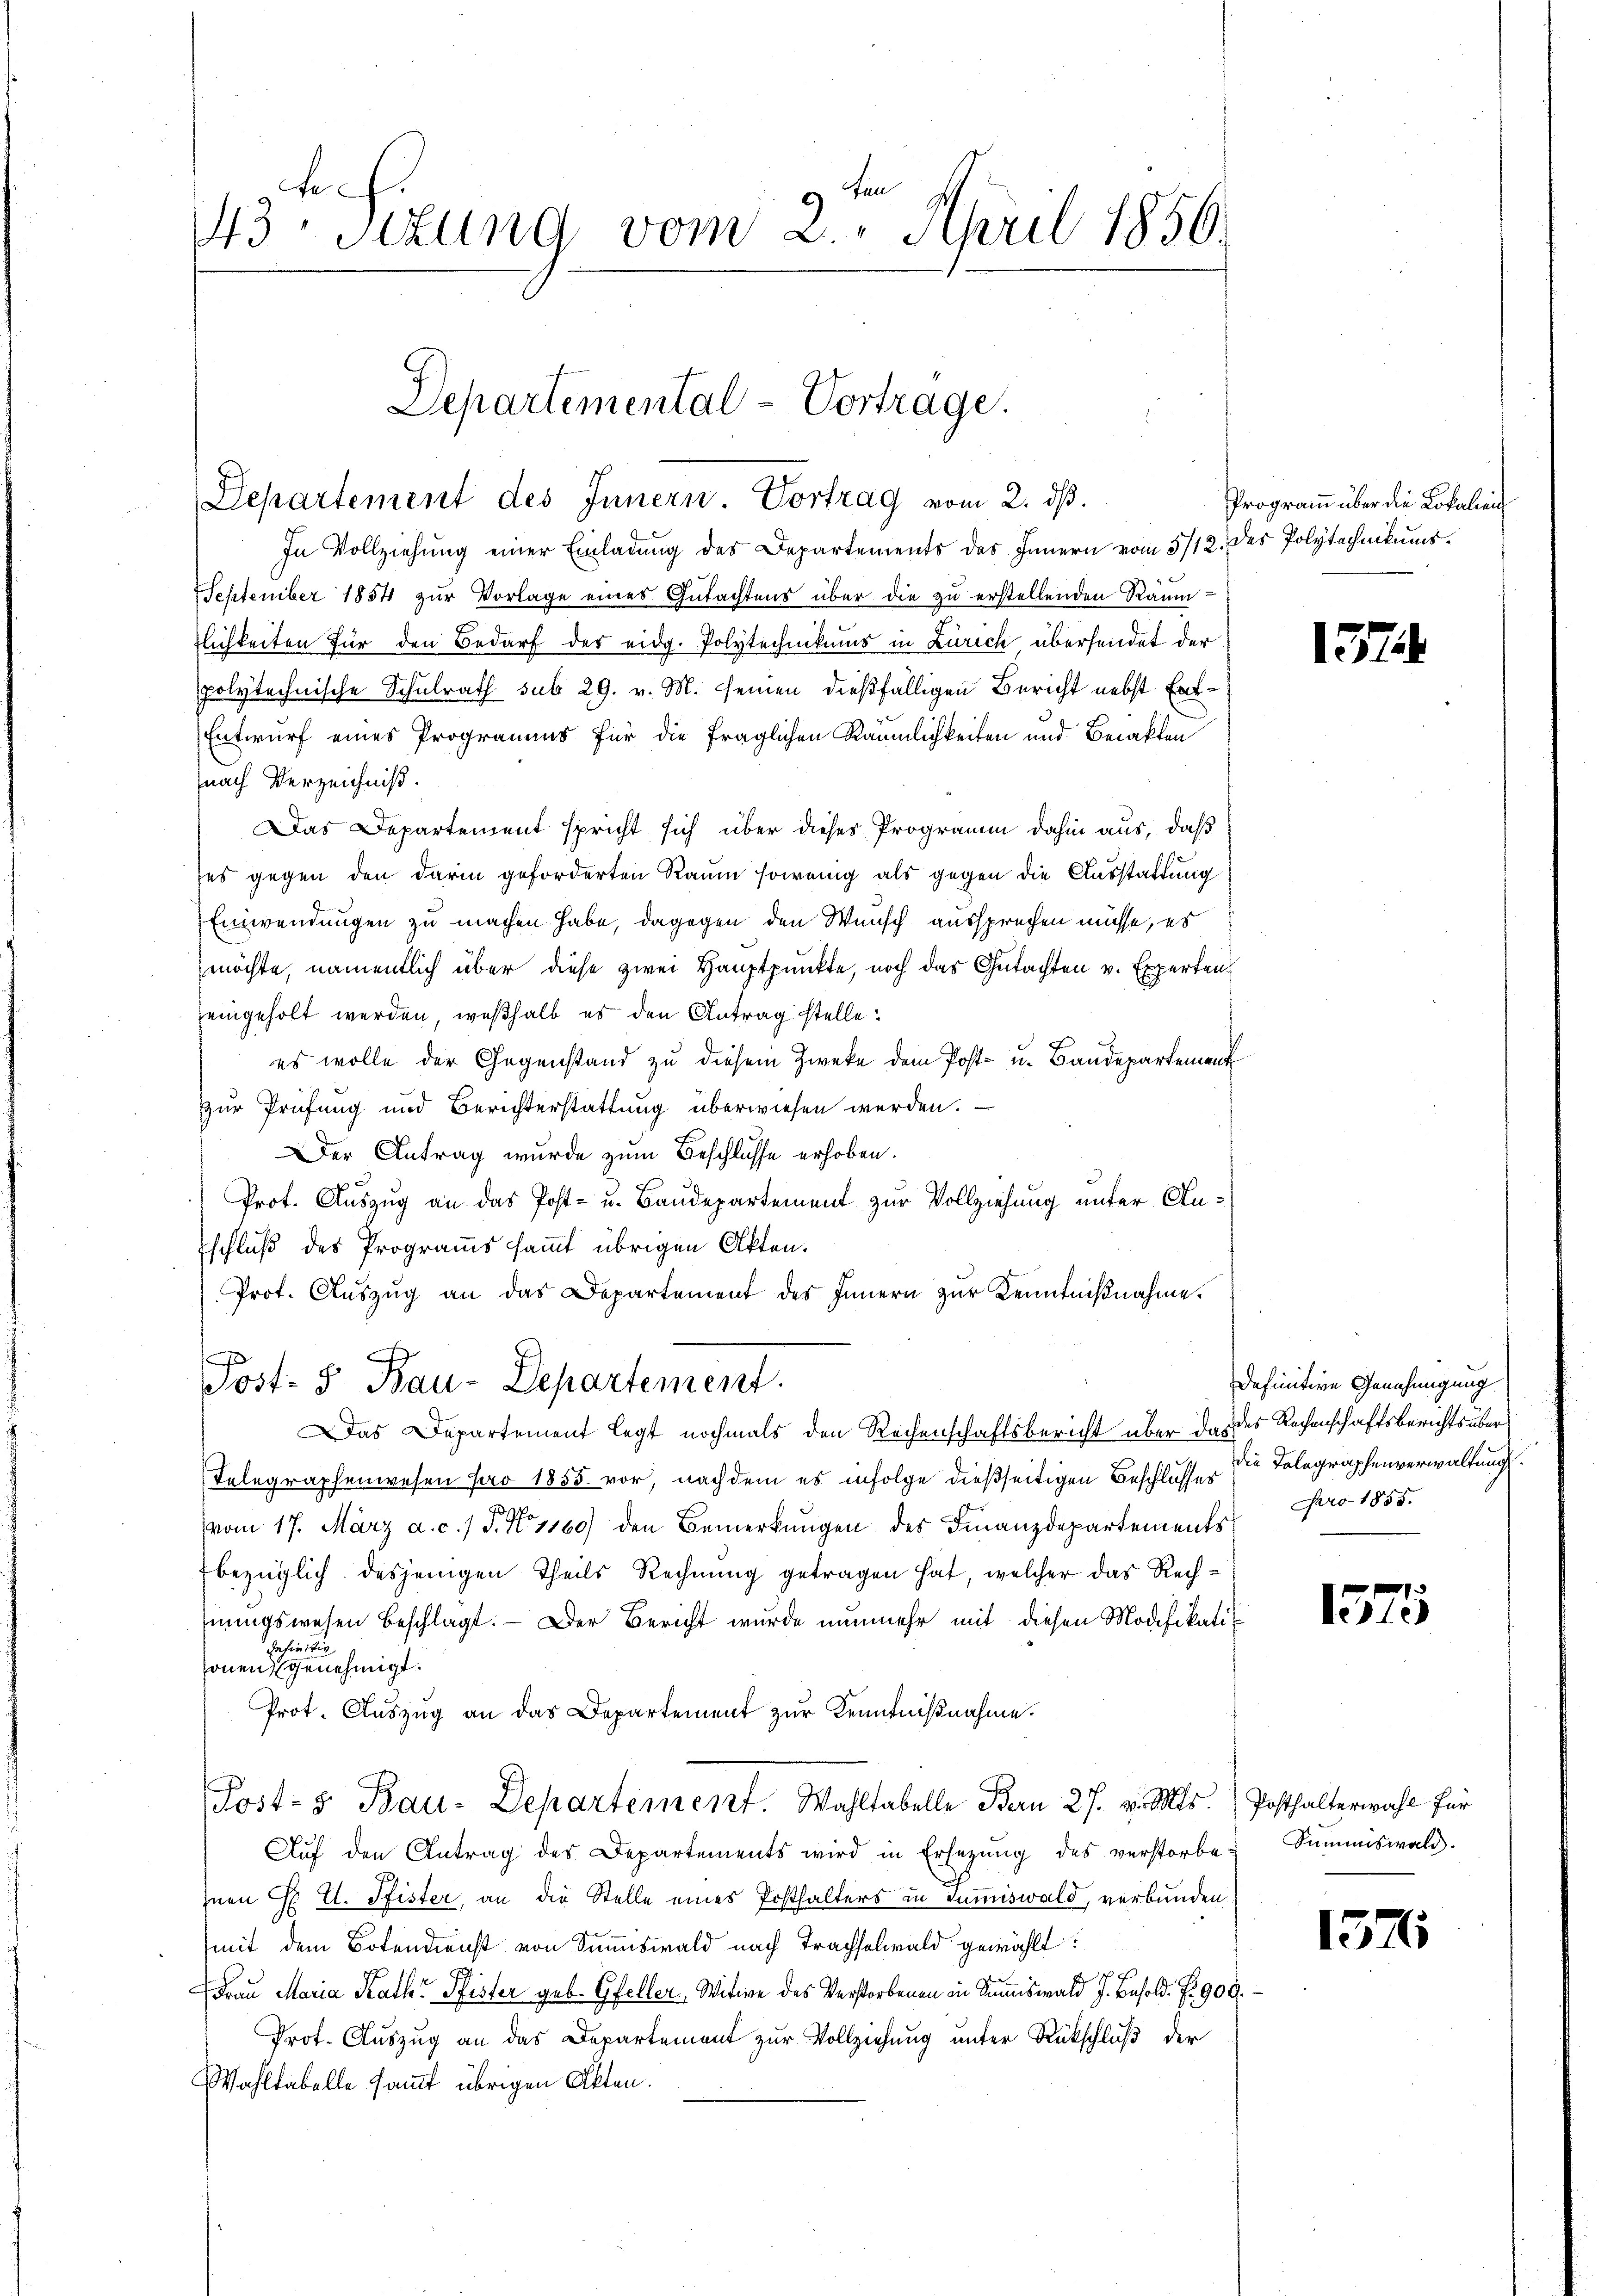
be
43. Sitzung vom 2. April 1856.

Departemental-Vortrage.
Departement des Innern. Vortrag vom 2. dβ.

In Vollziehung einer Einladung des Departements des Innern vom 5/12. des Polytechnikums¬
September 1854 zur Vorlage eines Gutachtens über die zu erstellenden Räumzlichkeiten für den Bedarf des eidg. Polytechnikums in Zürich übersendet der
polytechnische Schulrath sub 29. v. M. seinen dießfälligen Bericht nebst Erf¬
Entwurf eines Progranaus für die fraglichen Räumlichkeiten und Berakten
nach Verzeichniß.
Das Departement spricht sich über dieses Programm dahin aus, daß
ses gegen den darin geforderten Raum sowenig als gegen die Ausstattung
Einwendungen zu machen habe, dagegen den Wunsch aussprechen müsse, es
möchte, namentlich über diese zwei Hauptpunkte, noch das Gutachten v. Experten
seingeholt werden, weßhalb es den Antrag stelle:
es wolle der Gegenstand zu diesem Zwecke dem Post- u. Bandepartement
zur Prüfung und Berichterstattung überwiesen werden.
Der Antrag wurde zum Beschlusse erhoben.
Prot. Auszug an das Post- u. Baudepartement zur Vollziehung unter Anschluß des Programms sammt übrigen Akten.
Prot. Auszug an das Departement des Innern zur Kenntnißnahme.
Post- & Bau-Departement.
Das Departement legt nochmals den Rechenschaftsbericht über das des Rechenschaftsberichts über¬
Telegraphenwesen pro 1855 vor, nachdem es infolge dießseitigen Beschlusser die Telegraphenverwaltung.
vom 17. März a. c. 1 S. No 1160) den Bemerkungen des Finanzdepartements
bezüglich desjenigen Theils Rechnung getragen hat, welcher das Rechnungswesen beschlagt. — Der Bericht wurde nunmehr mit diesen Modifikati
befiniti
sonen genehmigt.
Prot. Auszug an das Departement zur Kenntnißnahme.
Post- & Bau-Departement. Wahltabelle Bern 27. v. Mts.
Aŭf den Antrag des Departements wird in Erlegŭng des verstorbe- Summiswald.
Inen H. E. Pfister, an die Stelle eines Posthalters in Summiswald, verbunden
(mit dem Botendienst von Summiswald nach Trachselwald gewählt:
Frau Maria Rath Pfister geb. Gfeller Witwe des Verstorbenen in Summiswald J. Besold. P. 900.
Prot. Auszug an das Departement zur Vollziehung unter Rückschluß der
Wahltabelle sammt übrigen Akten.

Programm über die Lokalien

157

definitive Genehmigung.
Faro 1855.

1575

Posthalterwahl für

1576